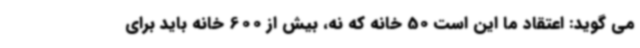
می گوید: اعتقاد ما این است 50 خانه که نه، بیش از 600 خانه باید برای